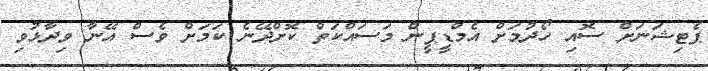
ޕެޓިޝަނަށް ސޮއި ހޯދުމަށް އެމްޑީޕީން މަސައްކަތް ކޮށްދޭނެ ކަމަށް ވެސް އޭނާ ވިދާޅުވި